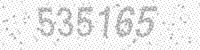
Solution: 535165